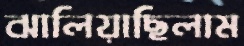
ঝালিয়াছিলাম